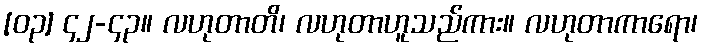
[၀၃] ၄၂-၄၃။ လဟုတာတိ၊ လဟုတာဟူသည်ကား။ လဟုတာကာရော၊